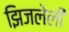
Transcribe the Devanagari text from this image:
झिजलेली